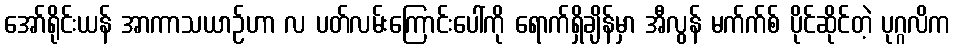
အော်ရိုင်းယန် အာကာသယာဉ်ဟာ လ ပတ်လမ်းကြောင်းပေါ်ကို ရောက်ရှိချိန်မှာ အီလွန် မက်က်စ် ပိုင်ဆိုင်တဲ့ ပုဂ္ဂလိက